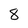
Character: 8